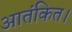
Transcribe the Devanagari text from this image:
आतंकित।